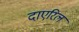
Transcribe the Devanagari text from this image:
दाएरिल